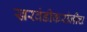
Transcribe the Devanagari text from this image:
खरवंडीकरांनीच